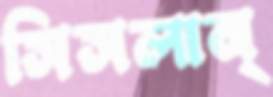
সিসলান্